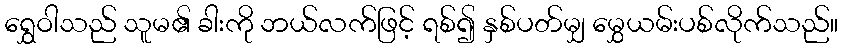
ရွှေဝါသည် သူမ၏ ခါးကို ဘယ်လက်ဖြင့် ရစ်၍ နှစ်ပတ်မျှ မွှေယမ်းပစ်လိုက်သည်။